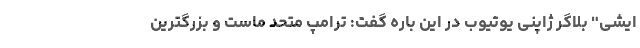
ایشی" بلاگر ژاپنی یوتیوب در این باره گفت: ترامپ متحد ماست و بزرگترین